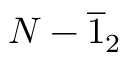
N - \overline { { 1 } } _ { 2 }